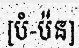
[បំ-ប៉ន]